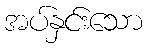
အပ်နှင်းသော